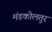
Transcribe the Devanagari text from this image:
मंडकोलतुर